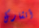
أتشارك